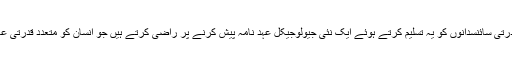
یہ ایک حیران کن اعدادوشمار ہے اور ایک عوامل میں سے کچھ ماہر ارضیات اور قدرتی سائنسدانوں کو یہ تسلیم کرتے ہوئے ایک نئی جیولوجیکل عہد نامہ پیش کرنے پر راضی کرتے ہیں جو انسان کو متعدد قدرتی عالمی عملوں کے اثرات سے بالاتر کررہا ہے ، خاص طور پر 1950 کی دہائی سے۔